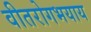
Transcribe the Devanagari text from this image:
वीतरोगभयाय